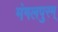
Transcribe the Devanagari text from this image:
मंगलपुरम्